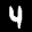
Label: 4